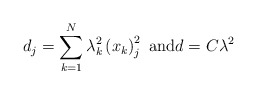
\begin{align*}d_{j}=\sum_{k=1}^{N}\lambda_{k}^{2}\left( x_{k}\right) _{j}^{2}\text{ and}d=C\lambda^{2}\end{align*}